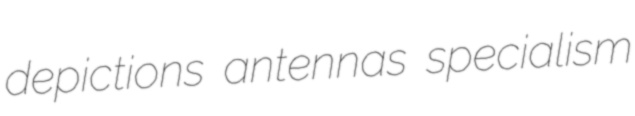
depictions antennas specialism